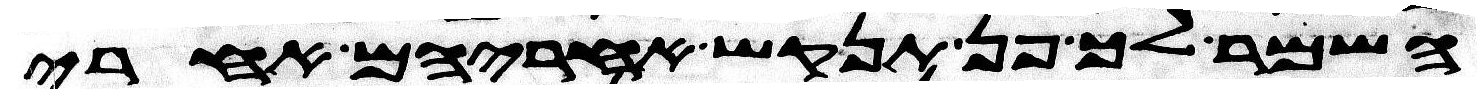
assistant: השמר לך פן תנקש אחריהם אחרי